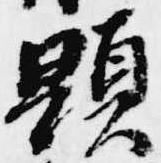
顕